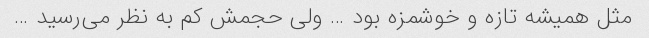
مثل همیشه تازه و خوشمزه بود … ولی حجمش کم به نظر می‌رسید …